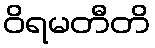
ဝိရမတီတိ